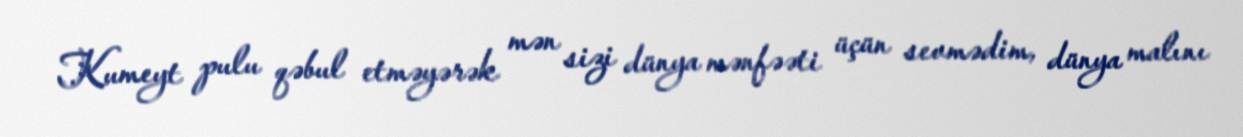
Kumeyt pulu qəbul etməyərək mən sizi dünya mənfəəti üçün sevmədim, dünya malını